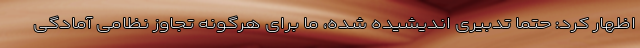
اظهار کرد: حتما تدبیری اندیشیده شده، ما برای هرگونه تجاوز نظامی آمادگی